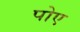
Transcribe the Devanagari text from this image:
पोए